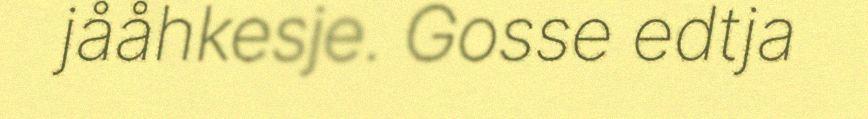
jååhkesje. Gosse edtja